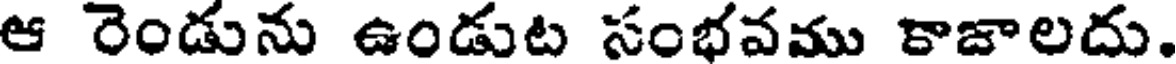
ఆ రెండును ఉండుట సంభవము కాజాలదు.